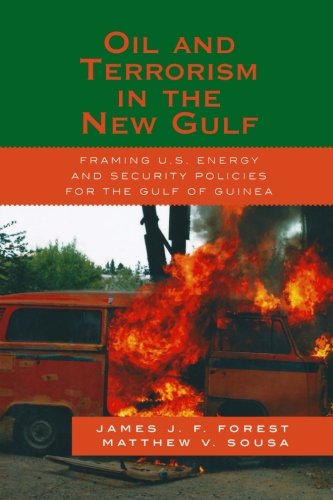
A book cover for Oil and Terrorism in the New Gulf: Framing U.S. Energy and Security Policies for the Gulf of Guinea; James J.F. Forest; Business & Money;